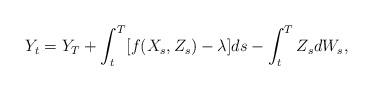
LaTeX: \begin{align*} Y_t = Y_T+\int_t^T[f(X_s,Z_s)-\lambda] ds - \int_t^T Z_s dW_s,\end{align*}